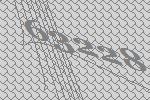
63228